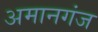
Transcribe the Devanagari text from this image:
अमानगंज